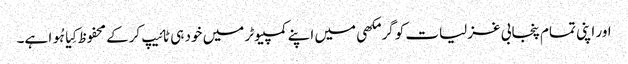
اور اپنی تمام پنجابی غزلیات کو گرمکھی میں اپنے کمپیوٹر میں خود ہی ٹائیپ کرکے محفوظ کِیا ہُوا ہے۔